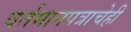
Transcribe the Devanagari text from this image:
वर्तमानपत्राचेही